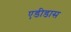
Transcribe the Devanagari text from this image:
एडीडास